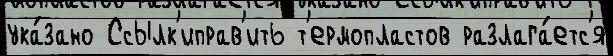
ука́зано Ссылк'иправ'ить т'ермопластов разлага́етс'я